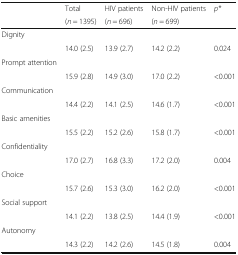
<table><thead><tr><td rowspan="2">[EMPTY_CELL]</td><td><b>Total</b></td><td><b>HIV patients</b></td><td><b>Non-HIV patients</b></td><td rowspan="2"><b><i>p*</i></b></td></tr><tr><td><b>(<i>n</i> = 1395)</b></td><td><b>(<i>n</i> = 696)</b></td><td><b>(<i>n</i> = 699)</b></td></tr></thead><tbody><tr><td>Dignity</td><td>[EMPTY_CELL]</td><td>[EMPTY_CELL]</td><td>[EMPTY_CELL]</td><td>[EMPTY_CELL]</td></tr><tr><td>[EMPTY_CELL]</td><td>14.0 (2.5)</td><td>13.9 (2.7)</td><td>14.2 (2.2)</td><td>0.024</td></tr><tr><td>Prompt attention</td><td>[EMPTY_CELL]</td><td>[EMPTY_CELL]</td><td>[EMPTY_CELL]</td><td>[EMPTY_CELL]</td></tr><tr><td>[EMPTY_CELL]</td><td>15.9 (2.8)</td><td>14.9 (3.0)</td><td>17.0 (2.2)</td><td>&lt;0.001</td></tr><tr><td colspan="5">Communication</td></tr><tr><td>[EMPTY_CELL]</td><td>14.4 (2.2)</td><td>14.1 (2.5)</td><td>14.6 (1.7)</td><td>&lt;0.001</td></tr><tr><td colspan="5">Basic amenities</td></tr><tr><td>[EMPTY_CELL]</td><td>15.5 (2.2)</td><td>15.2 (2.6)</td><td>15.8 (1.7)</td><td>&lt;0.001</td></tr><tr><td colspan="5">Confidentiality</td></tr><tr><td>[EMPTY_CELL]</td><td>17.0 (2.7)</td><td>16.8 (3.3)</td><td>17.2 (2.0)</td><td>0.004</td></tr><tr><td colspan="5">Choice</td></tr><tr><td>[EMPTY_CELL]</td><td>15.7 (2.6)</td><td>15.3 (3.0)</td><td>16.2 (2.0)</td><td>&lt;0.001</td></tr><tr><td colspan="5">Social support</td></tr><tr><td>[EMPTY_CELL]</td><td>14.1 (2.2)</td><td>13.8 (2.5)</td><td>14.4 (1.9)</td><td>&lt;0.001</td></tr><tr><td colspan="5">Autonomy</td></tr><tr><td>[EMPTY_CELL]</td><td>14.3 (2.2)</td><td>14.2 (2.6)</td><td>14.5 (1.8)</td><td>0.004</td></tr></tbody></table>